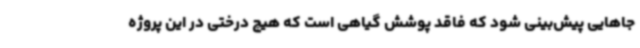
جاهایی پیش‌بینی شود که فاقد پوشش گیاهی است که هیچ درختی در این پروژه